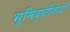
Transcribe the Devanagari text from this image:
भूमिदृष्टीवादी